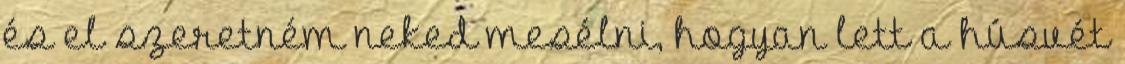
és el szeretném neked mesélni, hogyan lett a húsvét